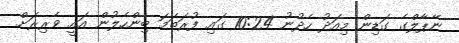
ނޭޕާލްގެ ގަޑިން މިއަދު ހެދުނު 10:24 ގައި ފުރަތަމަ ބިންހެލުން އައީ ވެރިރަށް